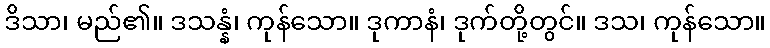
ဒိသာ၊ မည်၏။ ဒသန္နံ၊ ကုန်သော။ ဒုကာနံ၊ ဒုက်တို့တွင်။ ဒသ၊ ကုန်သော။